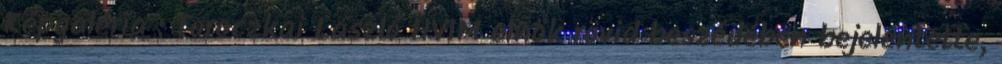
Képgaléria : Toroczkai László HVIM elnök rövid beszédében bejelentette,